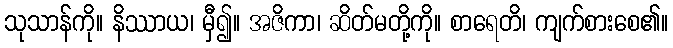
သုသာန်ကို။ နိဿာယ၊ မှီ၍။ အဇိကာ၊ ဆိတ်မတို့ကို။ စာရေတိ၊ ကျက်စားစေ၏။